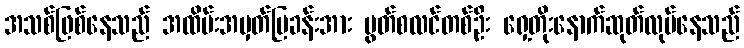
အသစ်ဖြစ်နေသည် အထိမ်းအမှတ်ပြခန်းအား မွတ်စလင်တစ်ဦး ရှေ့တိုးနောက်ဆုတ်လုပ်နေသည်